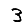
Digit: 3